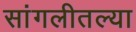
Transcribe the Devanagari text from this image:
सांगलीतल्या